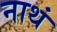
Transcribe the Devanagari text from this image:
नाथं